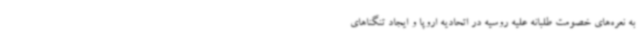
به نعره‌های خصومت طلبانه علیه روسیه در اتحادیه اروپا و ایجاد تنگناهای